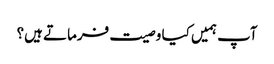
آپ ہمیں کیا وصیت فرماتے ہیں؟